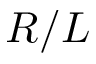
R / L